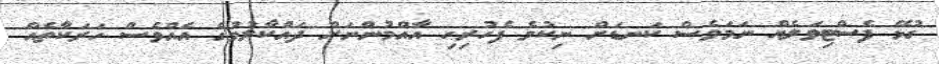
ގުޅޭ ފެސްޓިވަލެއް ނަމަވެސް ކަނޑަށް ނިކުމެ ފެހުރިހި އާއްމުންނަށް ދައްކާލުމުގެ އެއްވެސް ހަރަކާތެއް